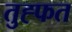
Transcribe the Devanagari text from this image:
तुह्फत